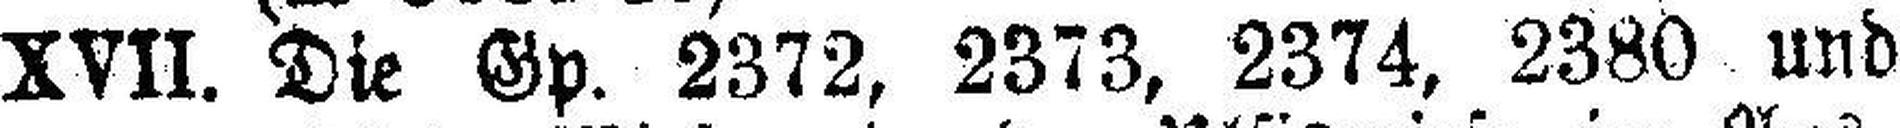
XVII. Die Gp. 2372, 2373, 2374, 2380 und